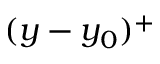
( y - y _ { 0 } ) ^ { + }